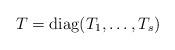
LaTeX: \begin{align*}T = \mathrm{diag}(T_1, \ldots, T_s) \end{align*}